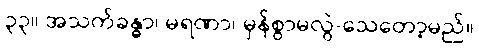
၃၃။ အသက်ခန္ဓာ၊ မရဏာ၊ မှန်စွာမလွဲ-သေတော့မည်။